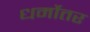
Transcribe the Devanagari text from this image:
धर्मोतर